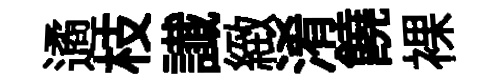
遹枝䜟緻淆饒裸